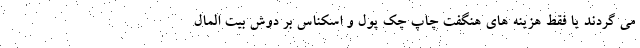
می گردند یا فقط هزینه های هنگفت چاپ چک پول و اسکناس بر دوش بیت المال